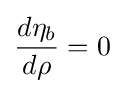
{\frac {d\eta _{b}}{d\rho }}=0